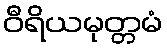
ဝီရိယမုတ္တမံ